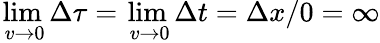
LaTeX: \operatorname*{lim}_{\, v\to 0}\Delta\tau=\operatorname*{lim}_{\, v\to 0}\Delta t=\Delta x/0=\infty